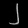
Digit: ၂